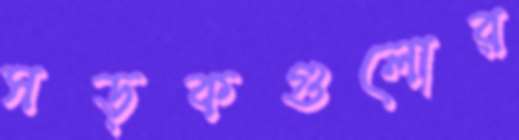
সড়কগুলোর